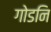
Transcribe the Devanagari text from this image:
गोडनि